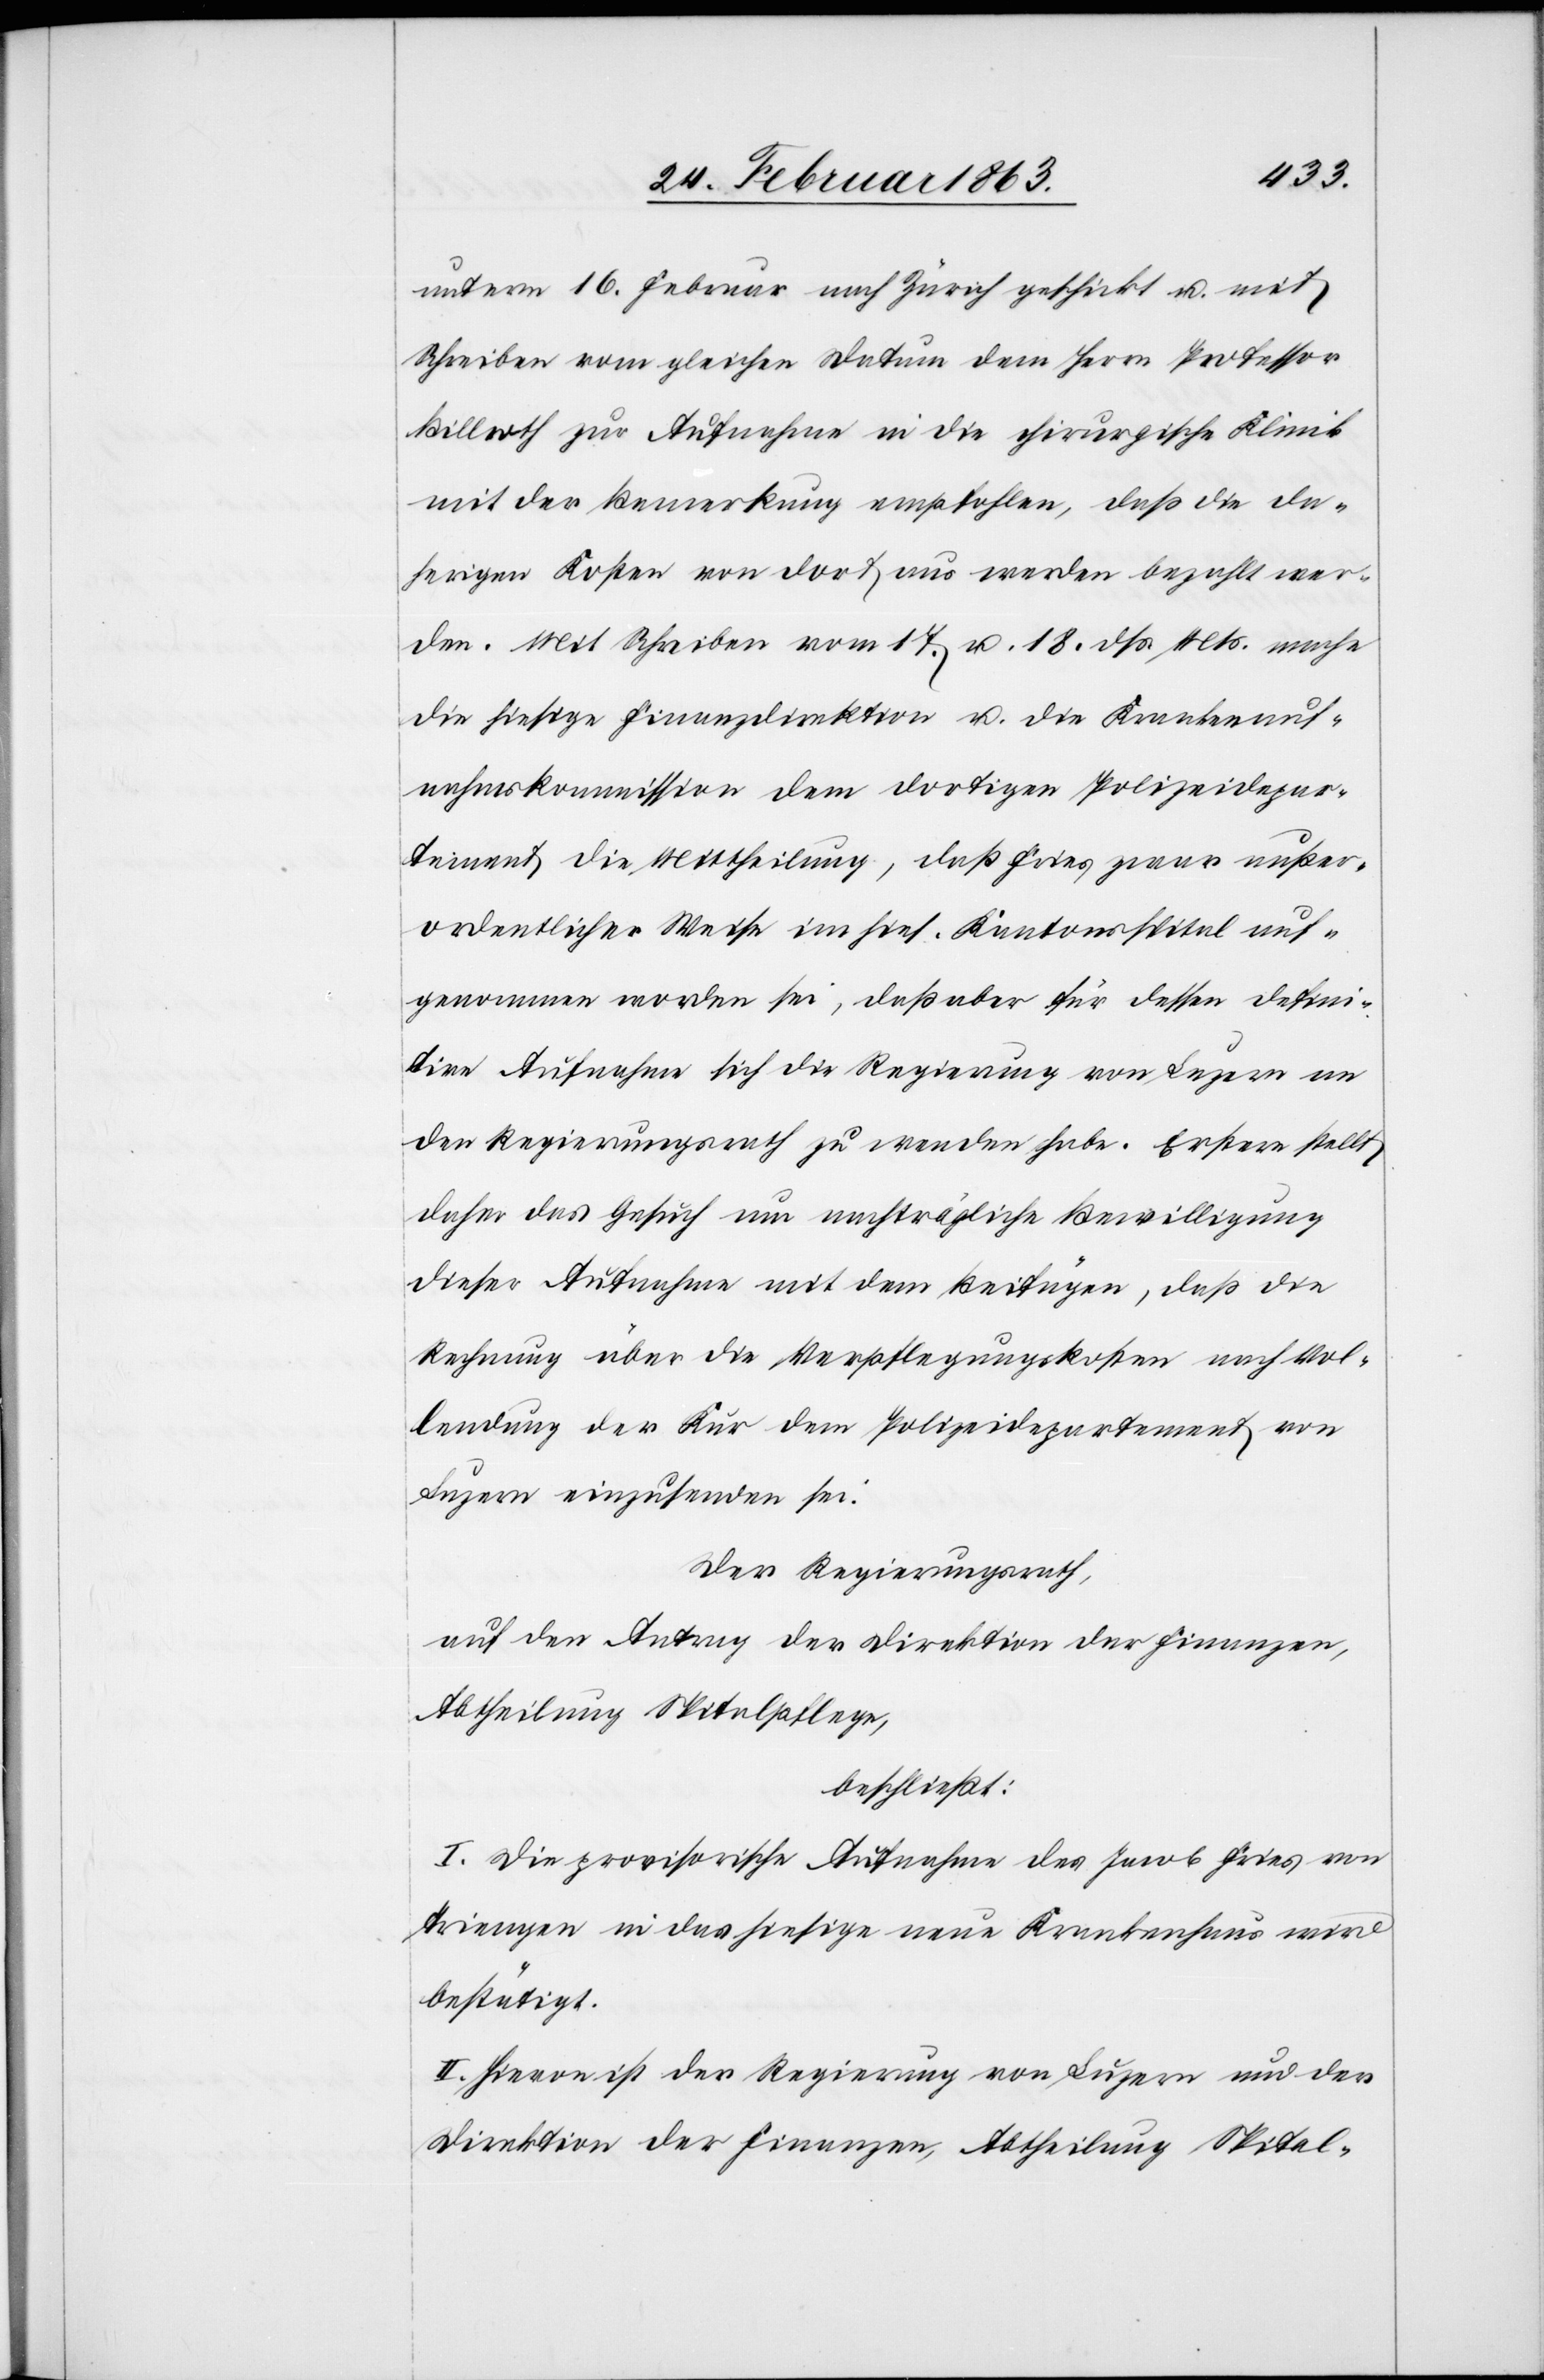
unterm 16. Februar nach Zürich geschickt u. mit
Schreiben vom gleichen Datum dem Herrn Professor
Billroth zur Aufnahme in die chirurgische Klinik
mit der Bemerkung empfohlen, daß die da¬
herigen Kosten von dort aus werden bezahlt wer¬
den. Mit Schreiben vom 17. u. 18. dß. Mts. mache
die hiesige Finanzdirektion u. die Krankenauf¬
nahmskommission dem dortigen Polizeidepar¬
tement die Mittheilung, daß Fries zwar außer¬
ordentlicher Weise im hies. Kantonsspital auf¬
genommen worden sei, daß aber für dessen defini¬
tive Aufnahme sich die Regierung von Luzern an
den Regierungsrath zu wenden habe. Erstere stellt
daher das Gesuch um nachträgliche Bewilligung
dieser Aufnahme mit dem Beifügen, daß die
Rechnung über die Verpflegungskosten nach Vol¬
lendung der Kur dem Polizeidepartement von
Luzern einzusenden sei.
Der Regierungsrath,
auf den Antrag der Direktion der Finanzen,
Abtheilung Spitalpflege,
beschließt:
I. Die provisorische Aufnahme des Jacob Fries von
Triengen in das hiesige neue Krankenhaus wird
bestätigt.
II. Hievon ist der Regierung von Luzern und der
Direktion der Finanzen, Abtheilung Spital-